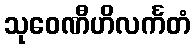
သုဝေဏီဟိလင်္ကတံ